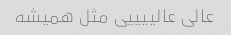
عالی عالییییی مثل همیشه